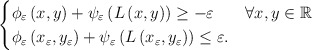
\begin{align*}\begin{cases}\phi_\varepsilon\left(x,y\right)+\psi_\varepsilon\left(L\left(x,y\right)\right)\geq-\varepsilon & \forall x,y\in\mathbb{R}\\\phi_\varepsilon\left(x_{\varepsilon},y_{\varepsilon}\right)+\psi_\varepsilon \left(L\left(x_{\varepsilon},y_{\varepsilon}\right)\right)\leq\varepsilon.\end{cases}\end{align*}